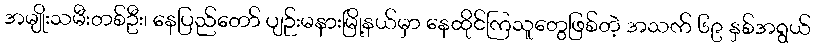
အမျိုးသမီးတစ်ဦး၊ နေပြည်တော် ပျဉ်းမနားမြို့နယ်မှာ နေထိုင်ကြသူတွေဖြစ်တဲ့ အသက် ၆၉ နှစ်အရွယ်